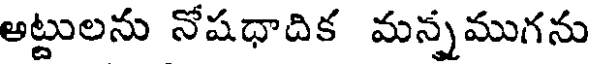
అట్టులను నోషధాదిక మన్నముగను